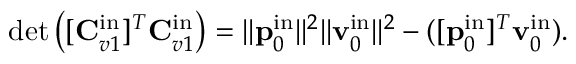
\operatorname* { d e t } \left( [ \mathbf { C } _ { v 1 } ^ { \mathrm { i n } } ] ^ { T } \mathbf { C } _ { v 1 } ^ { \mathrm { i n } } \right) = \| \mathbf { p } _ { 0 } ^ { \mathrm { i n } } \| ^ { 2 } \| \mathbf { v } _ { 0 } ^ { \mathrm { i n } } \| ^ { 2 } - ( [ \mathbf { p } _ { 0 } ^ { \mathrm { i n } } ] ^ { T } \mathbf { v } _ { 0 } ^ { \mathrm { i n } } ) .